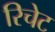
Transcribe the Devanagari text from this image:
रिचेट